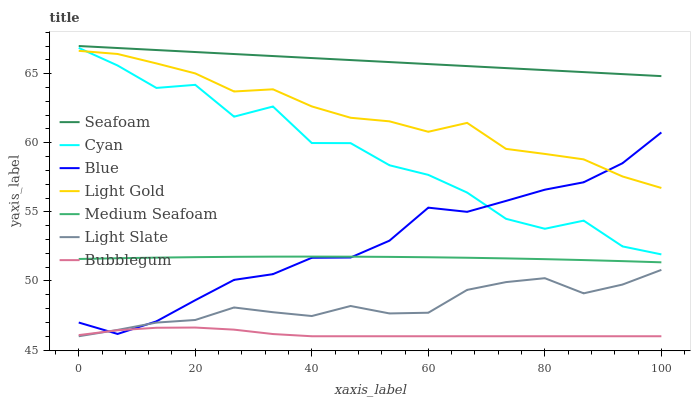
| xaxis_label | Seafoam | Cyan | Blue | Light Gold | Medium Seafoam | Light Slate | Bubblegum |
 | --- | --- | --- | --- | --- | --- | --- | --- |
 | 0 | 67 | 66.9 | 47 | 66.7 | 51.6 | 46 | 46.1 |
 | 6.67 | 66.9 | 65.6 | 46.2 | 66.4 | 51.6 | 46.5 | 46.4 |
 | 13.3 | 66.7 | 64 | 47.1 | 65.7 | 51.7 | 47 | 46.6 |
 | 20 | 66.6 | 64.2 | 48.6 | 65 | 51.7 | 47.2 | 46.6 |
 | 26.7 | 66.4 | 61.9 | 50.1 | 63.7 | 51.7 | 48.1 | 46.5 |
 | 33.3 | 66.3 | 62.6 | 50.5 | 63.9 | 51.8 | 47.7 | 46.2 |
 | 40 | 66.1 | 60 | 51.7 | 62.6 | 51.8 | 47.5 | 46 |
 | 46.7 | 66 | 60 | 51.7 | 61.8 | 51.8 | 48.2 | 46 |
 | 53.3 | 65.8 | 58.4 | 52.9 | 61.6 | 51.7 | 47.7 | 46 |
 | 60 | 65.7 | 57.7 | 55.3 | 60.8 | 51.7 | 47.7 | 46 |
 | 66.7 | 65.5 | 56.4 | 55 | 61.4 | 51.7 | 49.4 | 46 |
 | 73.3 | 65.4 | 54.5 | 55.8 | 59.6 | 51.6 | 49.9 | 46 |
 | 80 | 65.3 | 53.8 | 56.6 | 59.2 | 51.6 | 50.2 | 46 |
 | 86.7 | 65.1 | 54.4 | 57.1 | 58.8 | 51.5 | 49.1 | 46 |
 | 93.3 | 65 | 52.5 | 58.5 | 57.6 | 51.4 | 49.7 | 46 |
 | 100 | 64.8 | 51.9 | 60.7 | 56.7 | 51.4 | 50.8 | 46 |